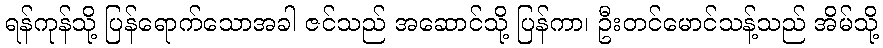
ရန်ကုန်သို့ ပြန်ရောက်သောအခါ ဇင်သည် အဆောင်သို့ ပြန်ကာ၊ ဦးတင်မောင်သန့်သည် အိမ်သို့